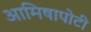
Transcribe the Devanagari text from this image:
आमिषापोटी